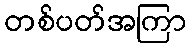
တစ်ပတ်အကြာ